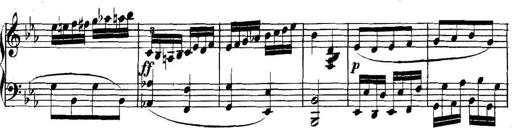
Title: Collected Piano Sonatas
Composer: Muzio Clementi